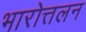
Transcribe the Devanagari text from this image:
भारोत्तलन